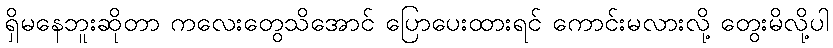
ရှိမနေဘူးဆိုတာ ကလေးတွေသိအောင် ပြောပေးထားရင် ကောင်းမလားလို့ တွေးမိလို့ပါ